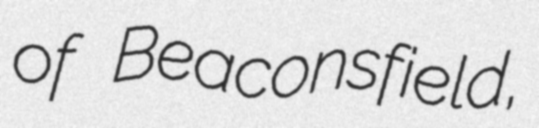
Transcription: of Beaconsfield,